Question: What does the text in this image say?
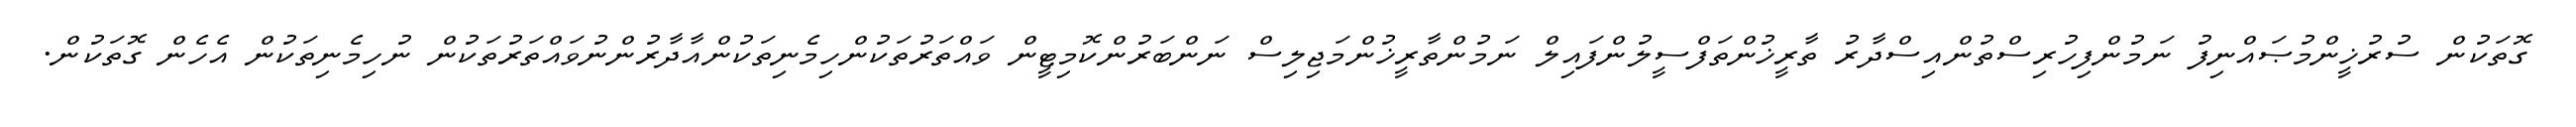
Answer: ގޮތަކުން ސުރުޚީންމުޞައްނިފު ނަމުންފިހުރިސްތުންއިސްދާރު ތާރީޚުންތަފްސީލުންފައިލް ނަމުންތާރީޚުންމަޖިލިސް ނަންބަރުންކޮމިޓީން ވައްތަރުތަކުންހިމެނިތަކުންއާދާރުންނުވައްތަރުތަކުން ނުހިމެނިތަކުން އެހެން ގޮތަކުން.